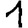
Digit: 1